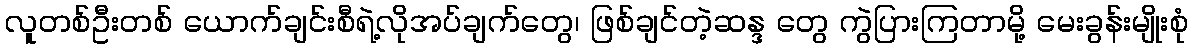
လူတစ်ဦးတစ် ယောက်ချင်းစီရဲ့လိုအပ်ချက်တွေ၊ ဖြစ်ချင်တဲ့ဆန္ဒ တွေ ကွဲပြားကြတာမို့ မေးခွန်းမျိုးစုံ